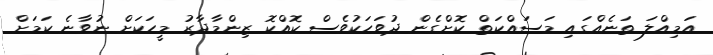
އަމިއްލަ ތަނެއްގައި މަސައްކަތް ކޮށްގެން ދުވަހަކުވެސް ކޮއްކޮ ޒިންމާދާރު މީހަކަށް ނުވާނެ ކަމަށް